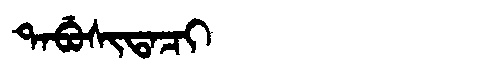
Manchu: ᡨᠠᠪᡠᠰᡳᡨᠠᠴᡳ
Romanization: TABUSITACI